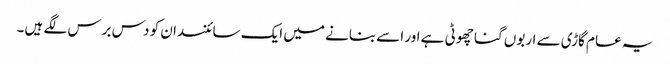
یہ عام گاڑی سے اربوں گنا چھوٹی ہے اور اسے بنانے میں ایک سائنسدان کو دس برس لگے ہیں۔